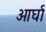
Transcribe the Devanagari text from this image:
आर्घा